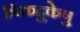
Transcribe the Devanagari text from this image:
त्रिकद्रुकेषु